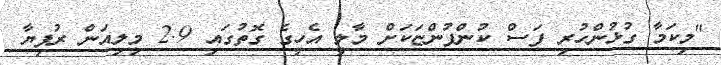
"މިކަމާ ގުޅުންހުރި ފަސް ކުންފުންޏަކަށް މާލީ އެހީގެ ގޮތުގައި 2.9 މިލިއަން ރުފިޔާ